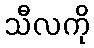
သီလကို